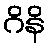
ဂိနိ